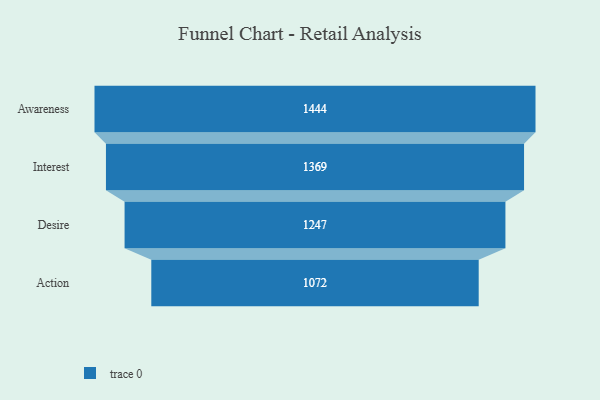
{"axis": {"x": "Stage", "y": "Value"}, "legend": [""], "data": [{"x": "Awareness", "y": 1444.0, "type": ""}, {"x": "Interest", "y": 1369.0, "type": ""}, {"x": "Desire", "y": 1247.0, "type": ""}, {"x": "Action", "y": 1072.0, "type": ""}]}